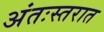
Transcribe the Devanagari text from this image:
अंतःस्तरात